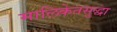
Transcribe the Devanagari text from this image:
मालिकेतसुद्धा